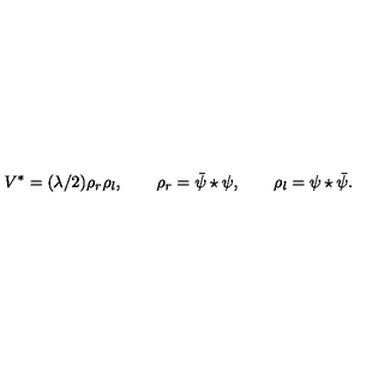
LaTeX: V ^ { * } = ( \lambda / 2 ) \rho _ { r } \rho _ { l } , \qquad \rho _ { r } = \bar { \psi } \star \psi , \qquad \rho _ { l } = \psi \star \bar { \psi } .